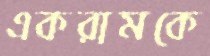
একরামকে